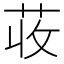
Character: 荍